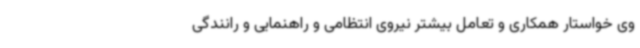
وی خواستار همکاری و تعامل بیشتر نیروی انتظامی و راهنمایی و رانندگی